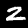
Digit: 2